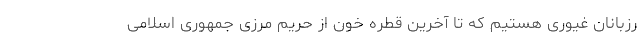
رزبانان غیوری هستیم که تا آخرین قطره خون از حریم مرزی جمهوری اسلامی